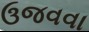
ઉજવવા